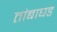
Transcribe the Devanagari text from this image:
तांबाघड